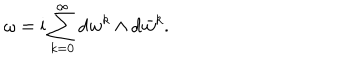
LaTeX: \omega = \mathrm { i } \sum _ { k = 0 } ^ { \infty } \mathrm { d } w ^ { k } \wedge \mathrm { d } \bar { w } ^ { k } .